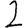
Digit: 2